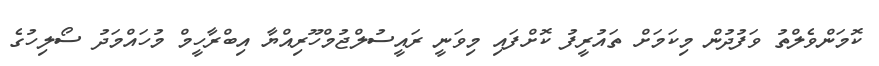
ކޮމަންވެލްތު ވަފުދުން މިކަމަށް ތައުރީފު ކޮށްފައި މިވަނީ ރައީސުލްޖުމްހޫރިއްޔާ އިބްރާހީމް މުހައްމަދު ސޯލިހުގެ